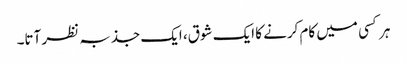
ہر کسی میں کام کرنے کا ایک شوق، ایک جذبہ نظر آتا۔